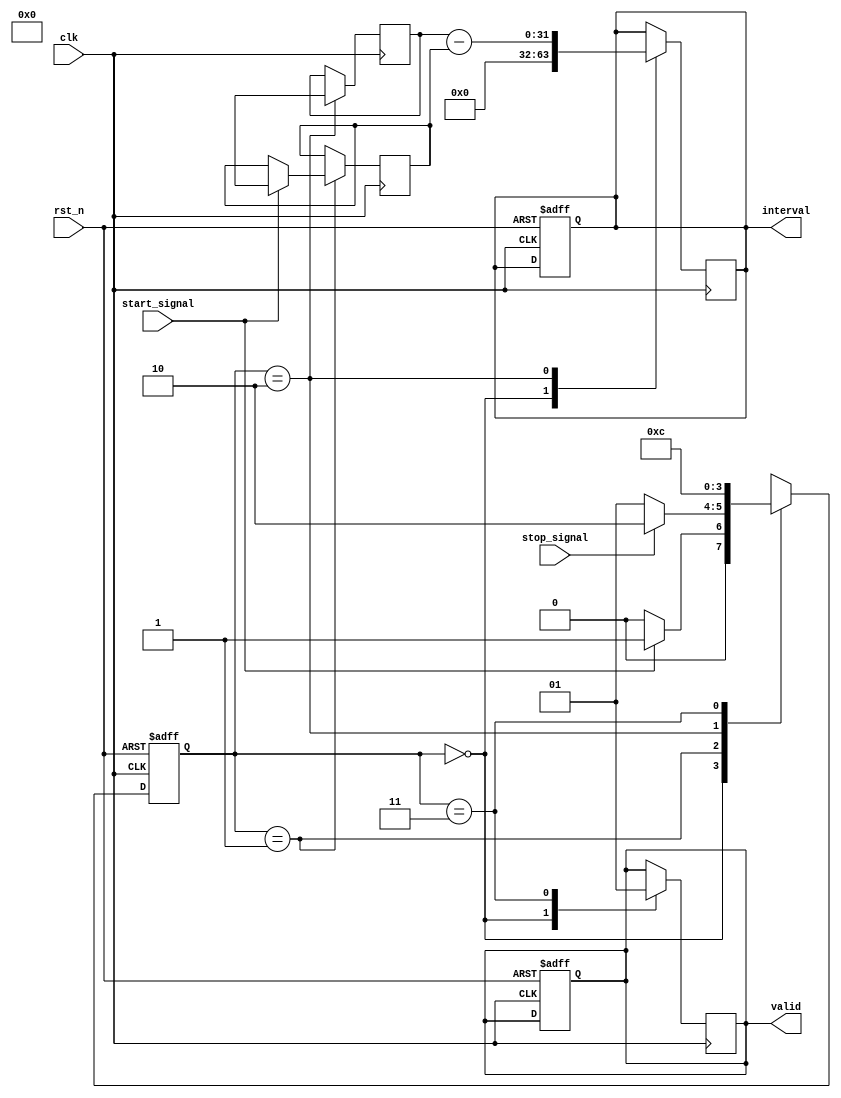
module TDC (
    input wire clk,               // High-frequency clock input
    input wire rst_n,             // Active-low reset
    input wire start_signal,      // Start pulse input
    input wire stop_signal,       // Stop pulse input
    output reg [31:0] interval,   // Measured time interval
    output reg valid              // Interval valid flag
);

    // Memory for timestamps
    reg [31:0] timestamp_start;   // Timestamp for start event
    reg [31:0] timestamp_stop;    // Timestamp for stop event
    reg capturing;                // State to indicate capturing mode

    // State definitions
    localparam IDLE      = 2'b00;
    localparam CAPTURING = 2'b01;
    localparam CALCULATING = 2'b10;
    localparam OUTPUTTING = 2'b11;
    reg [1:0] state, next_state;

    // Clock divider for simulation (if needed)
    // reg [31:0] clk_div;
    // always @(posedge clk) begin
    //     clk_div <= clk_div + 1;
    // end

    // State machine for TDC operation
    always @(posedge clk or negedge rst_n) begin
        if (!rst_n) begin
            state <= IDLE;
            valid <= 0;
            interval <= 0;
            capturing <= 0;
        end else begin
            state <= next_state;
        end
    end

    // Next state logic
    always @(*) begin
        case (state)
            IDLE: begin
                if (start_signal) begin
                    next_state = CAPTURING;
                end else begin
                    next_state = IDLE;
                end
            end
            CAPTURING: begin
                if (stop_signal) begin
                    next_state = CALCULATING;
                end else begin
                    next_state = CAPTURING;
                end
            end
            CALCULATING: begin
                next_state = OUTPUTTING;
            end
            OUTPUTTING: begin
                next_state = IDLE;
            end
            default: next_state = IDLE;
        endcase
    end

    // State actions
    always @(posedge clk) begin
        case (state)
            IDLE: begin
                valid <= 0;  // Clear valid flag
                interval <= 0; // Clear interval
            end
            CAPTURING: begin
                if (start_signal) begin
                    // Capture timestamp for start event
                    timestamp_start <= $time; // Replace with clock cycle counting logic
                end
            end
            CALCULATING: begin
                // Capture timestamp for stop event
                timestamp_stop <= $time; // Replace with clock cycle counting logic
                // Calculate interval
                interval <= timestamp_stop - timestamp_start;
            end
            OUTPUTTING: begin
                valid <= 1; // Set valid flag
            end
        endcase
    end

endmodule